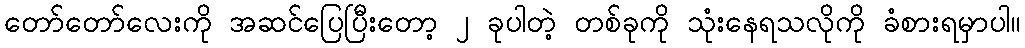
တော်တော်လေးကို အဆင်ပြေပြီးတော့ ၂ ခုပါတဲ့ တစ်ခုကို သုံးနေရသလိုကို ခံစားရမှာပါ။